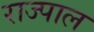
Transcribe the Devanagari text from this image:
राज्पाल